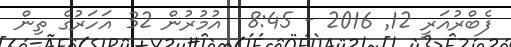
ފެބްރުއަރީ 12